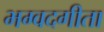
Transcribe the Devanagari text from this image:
भग्वदगीता